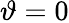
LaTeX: \vartheta=0